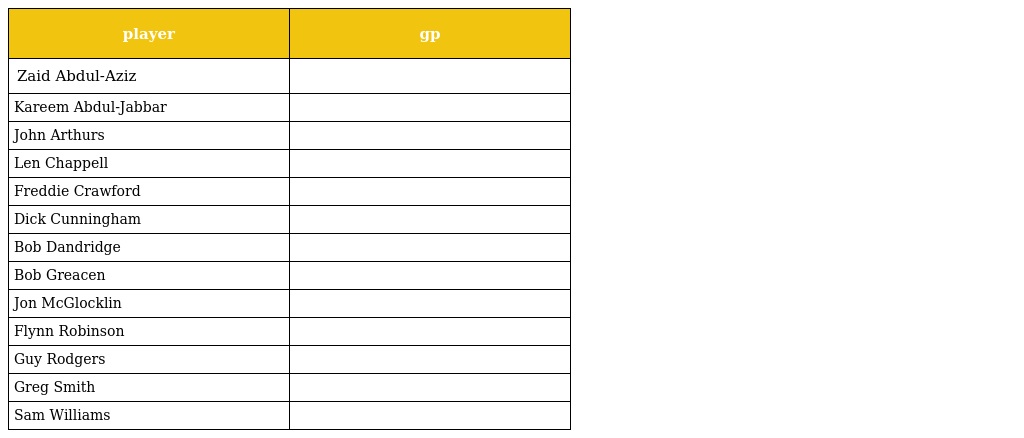
| player | gp |
 | --- | --- |
 | Zaid Abdul-Aziz |  |
 | Kareem Abdul-Jabbar |  |
 | John Arthurs |  |
 | Len Chappell |  |
 | Freddie Crawford |  |
 | Dick Cunningham |  |
 | Bob Dandridge |  |
 | Bob Greacen |  |
 | Jon McGlocklin |  |
 | Flynn Robinson |  |
 | Guy Rodgers |  |
 | Greg Smith |  |
 | Sam Williams |  |